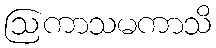
ဩကာသမကာသိ